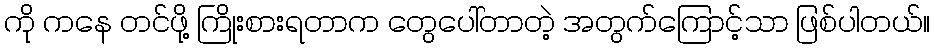
ကို ကနေ တင်ဖို့ ကြိုးစားရတာက တွေပေါ်တာတဲ့ အတွက်ကြောင့်သာ ဖြစ်ပါတယ်။